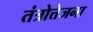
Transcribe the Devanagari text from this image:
तंत्रोत्तेजना